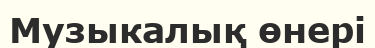
Музыкалық өнері